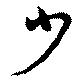
少